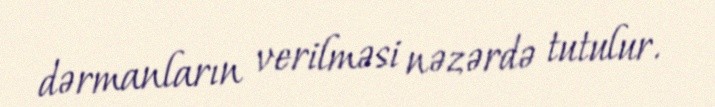
dərmanların verilməsi nəzərdə tutulur.